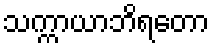
သက္ကာယာဘိရတော